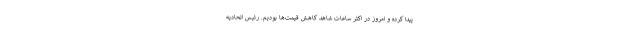
پیدا کرده و امروز در اکثر ساعات شاهد کاهش قیمت‌ها بودیم. رئیس اتحادیه